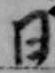
日